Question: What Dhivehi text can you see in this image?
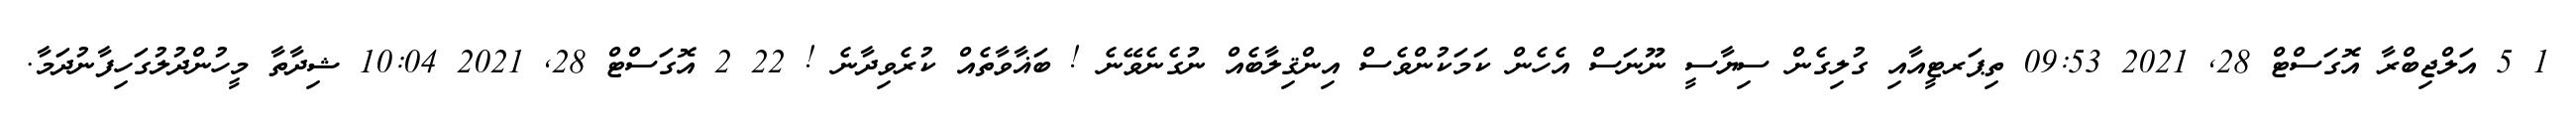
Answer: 1 5 އަލްޖިބްރާ އޮގަސްޓް 28, 2021 09:53 ތިޕަރޓީއާއި ގުލިގެން ސިޔާސީ ނޫނަސް އެހެން ކަމަކުންވެސް އިންޤިލާބެއް ނުގެނެވޭނެ ! ބަޣާވާތެއް ކުރެވިދާނެ ! 22 2 އޮގަސްޓް 28, 2021 10:04 ޝިދާތާ މީހުންދުލުގަހިފާނުދަމާ.